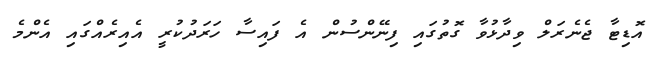
އޮޑިޓާ ޖެނެރަލް ވިދާޅުވާ ގޮތުގައި ފިނޭންސުން އެ ފައިސާ ހަރަދުކުރީ އެއިރެއްގައި އެންމެ